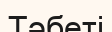
Тәбеті